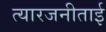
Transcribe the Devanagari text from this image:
त्यारजनीताई